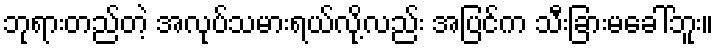
ဘုရားတည်တဲ့ အလုပ်သမားရယ်လို့လည်း အပြင်က သီးခြားမခေါ်ဘူး။